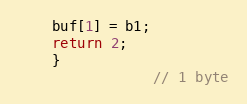
Language: C
	buf[1] = b1;
	return 2;
    }
				// 1 byte